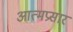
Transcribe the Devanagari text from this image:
आत्मप्रसार